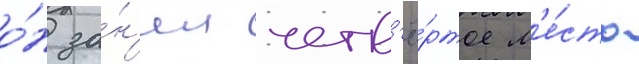
о́н за́н'ял четв'ё́ртое м'е́сто